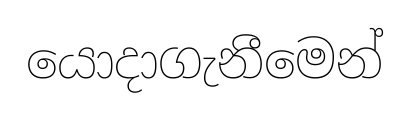
යොදාගැනීමෙන්